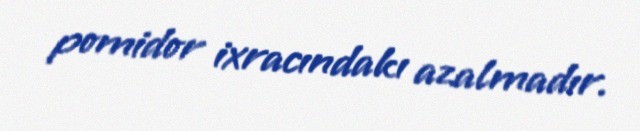
pomidor ixracındakı azalmadır.